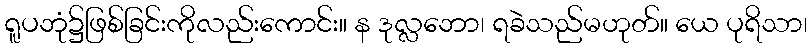
ရူပဘုံ၌ဖြစ်ခြင်းကိုလည်းကောင်း။ န ဒုလ္လဘော၊ ရခဲသည်မဟုတ်။ ယေ ပုရိသာ၊